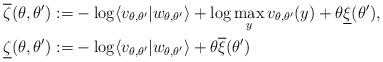
\begin{align*}\overline{\zeta}(\theta,\theta^\prime) :=& - \log \langle v_{\theta,\theta^\prime} | w_{\theta,\theta^\prime} \rangle + \log \max_y v_{\theta,\theta^\prime}(y) + \theta \underline{\xi}(\theta^\prime), \\\underline{\zeta}(\theta,\theta^\prime) :=& - \log \langle v_{\theta,\theta^\prime} | w_{\theta,\theta^\prime} \rangle + \theta \overline{\xi}(\theta^\prime)\end{align*}